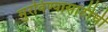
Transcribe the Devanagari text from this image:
मुरविण्यासाठीची